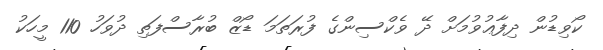
ކޯވިޑުން ދިފާޢުވުމަށް ދޭ ވެކްސިންގެ ފުރަތަމަ ޑޯޒް ބުރާސްފަތި ދުވަހު 110 މީހަކު